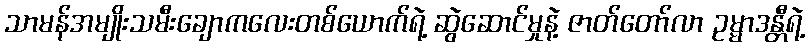
သာမန်အမျိုးသမီးချောကလေးတစ်ယောက်ရဲ့ ဆွဲဆောင်မှုနဲ့ ဇာတ်တော်လာ ဥမ္မာဒန္တီရဲ့